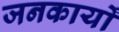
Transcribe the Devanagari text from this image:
जनकार्यों